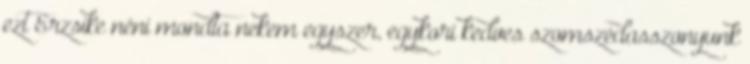
ezt Erzsike néni mondta nekem egyszer, egykori kedves szomszédasszonyunk